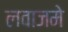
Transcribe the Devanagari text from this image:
लवाजमे